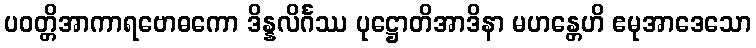
ပဝတ္တိအာကာရဗောဓကော ဒိန္နလိင်္ဂဿ ပုဋ္ဌောတိအာဒိနာ မဟန္တေဟိ ဧမုအာဒေသော